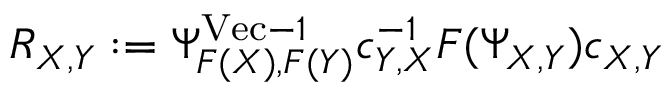
R _ { X , Y } : = \Psi _ { F ( X ) , F ( Y ) } ^ { \mathrm { V e c } - 1 } c _ { Y , X } ^ { - 1 } F ( \Psi _ { X , Y } ) c _ { X , Y }